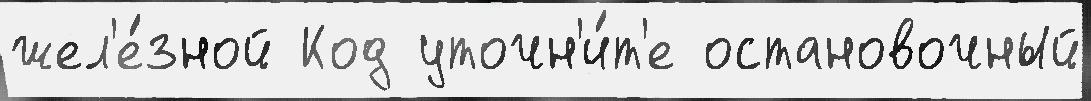
жел'е́зной Код уточн'и́т'е остановочный